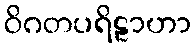
ဝိဂတပရိဠာဟာ